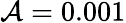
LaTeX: \mathcal{A}=0.001